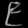
Digit: ၉